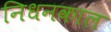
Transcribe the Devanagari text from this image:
निधनकाल